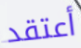
أعتقد